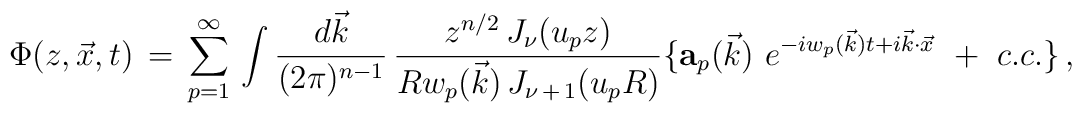
\Phi(z,\vec x,t)\,=\,\sum_{p=1}^\infty \,\int { d \vec k \over (2\pi)^{n-1}}\,{z^{n/2} \,J_\nu (u_p z ) \over R w_p(\vec k ) \,J_{\nu\,+\,1} (u_p R ) }\lbrace { {\bf a}_p(\vec k )\ } e^{-iw_p(\vec k ) t +i\vec k \cdot \vec x}\,\,+\,\,c.c.\rbrace\,,